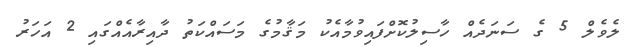
ލެވެލް 5 ގެ ސަނަދެއް ހާސިލުކޮށްފައިވުމާއެކު މަޤާމުގެ މަސައްކަތު ދާއިރާއެއްގައި 2 އަހަރު